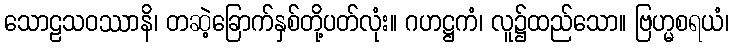
သောဠသဝဿာနိ၊ တဆဲ့ခြောက်နှစ်တို့ပတ်လုံး။ ဂဟဋ္ဌကံ၊ လူ၌ထည်သော။ ဗြဟ္မစရယံ၊